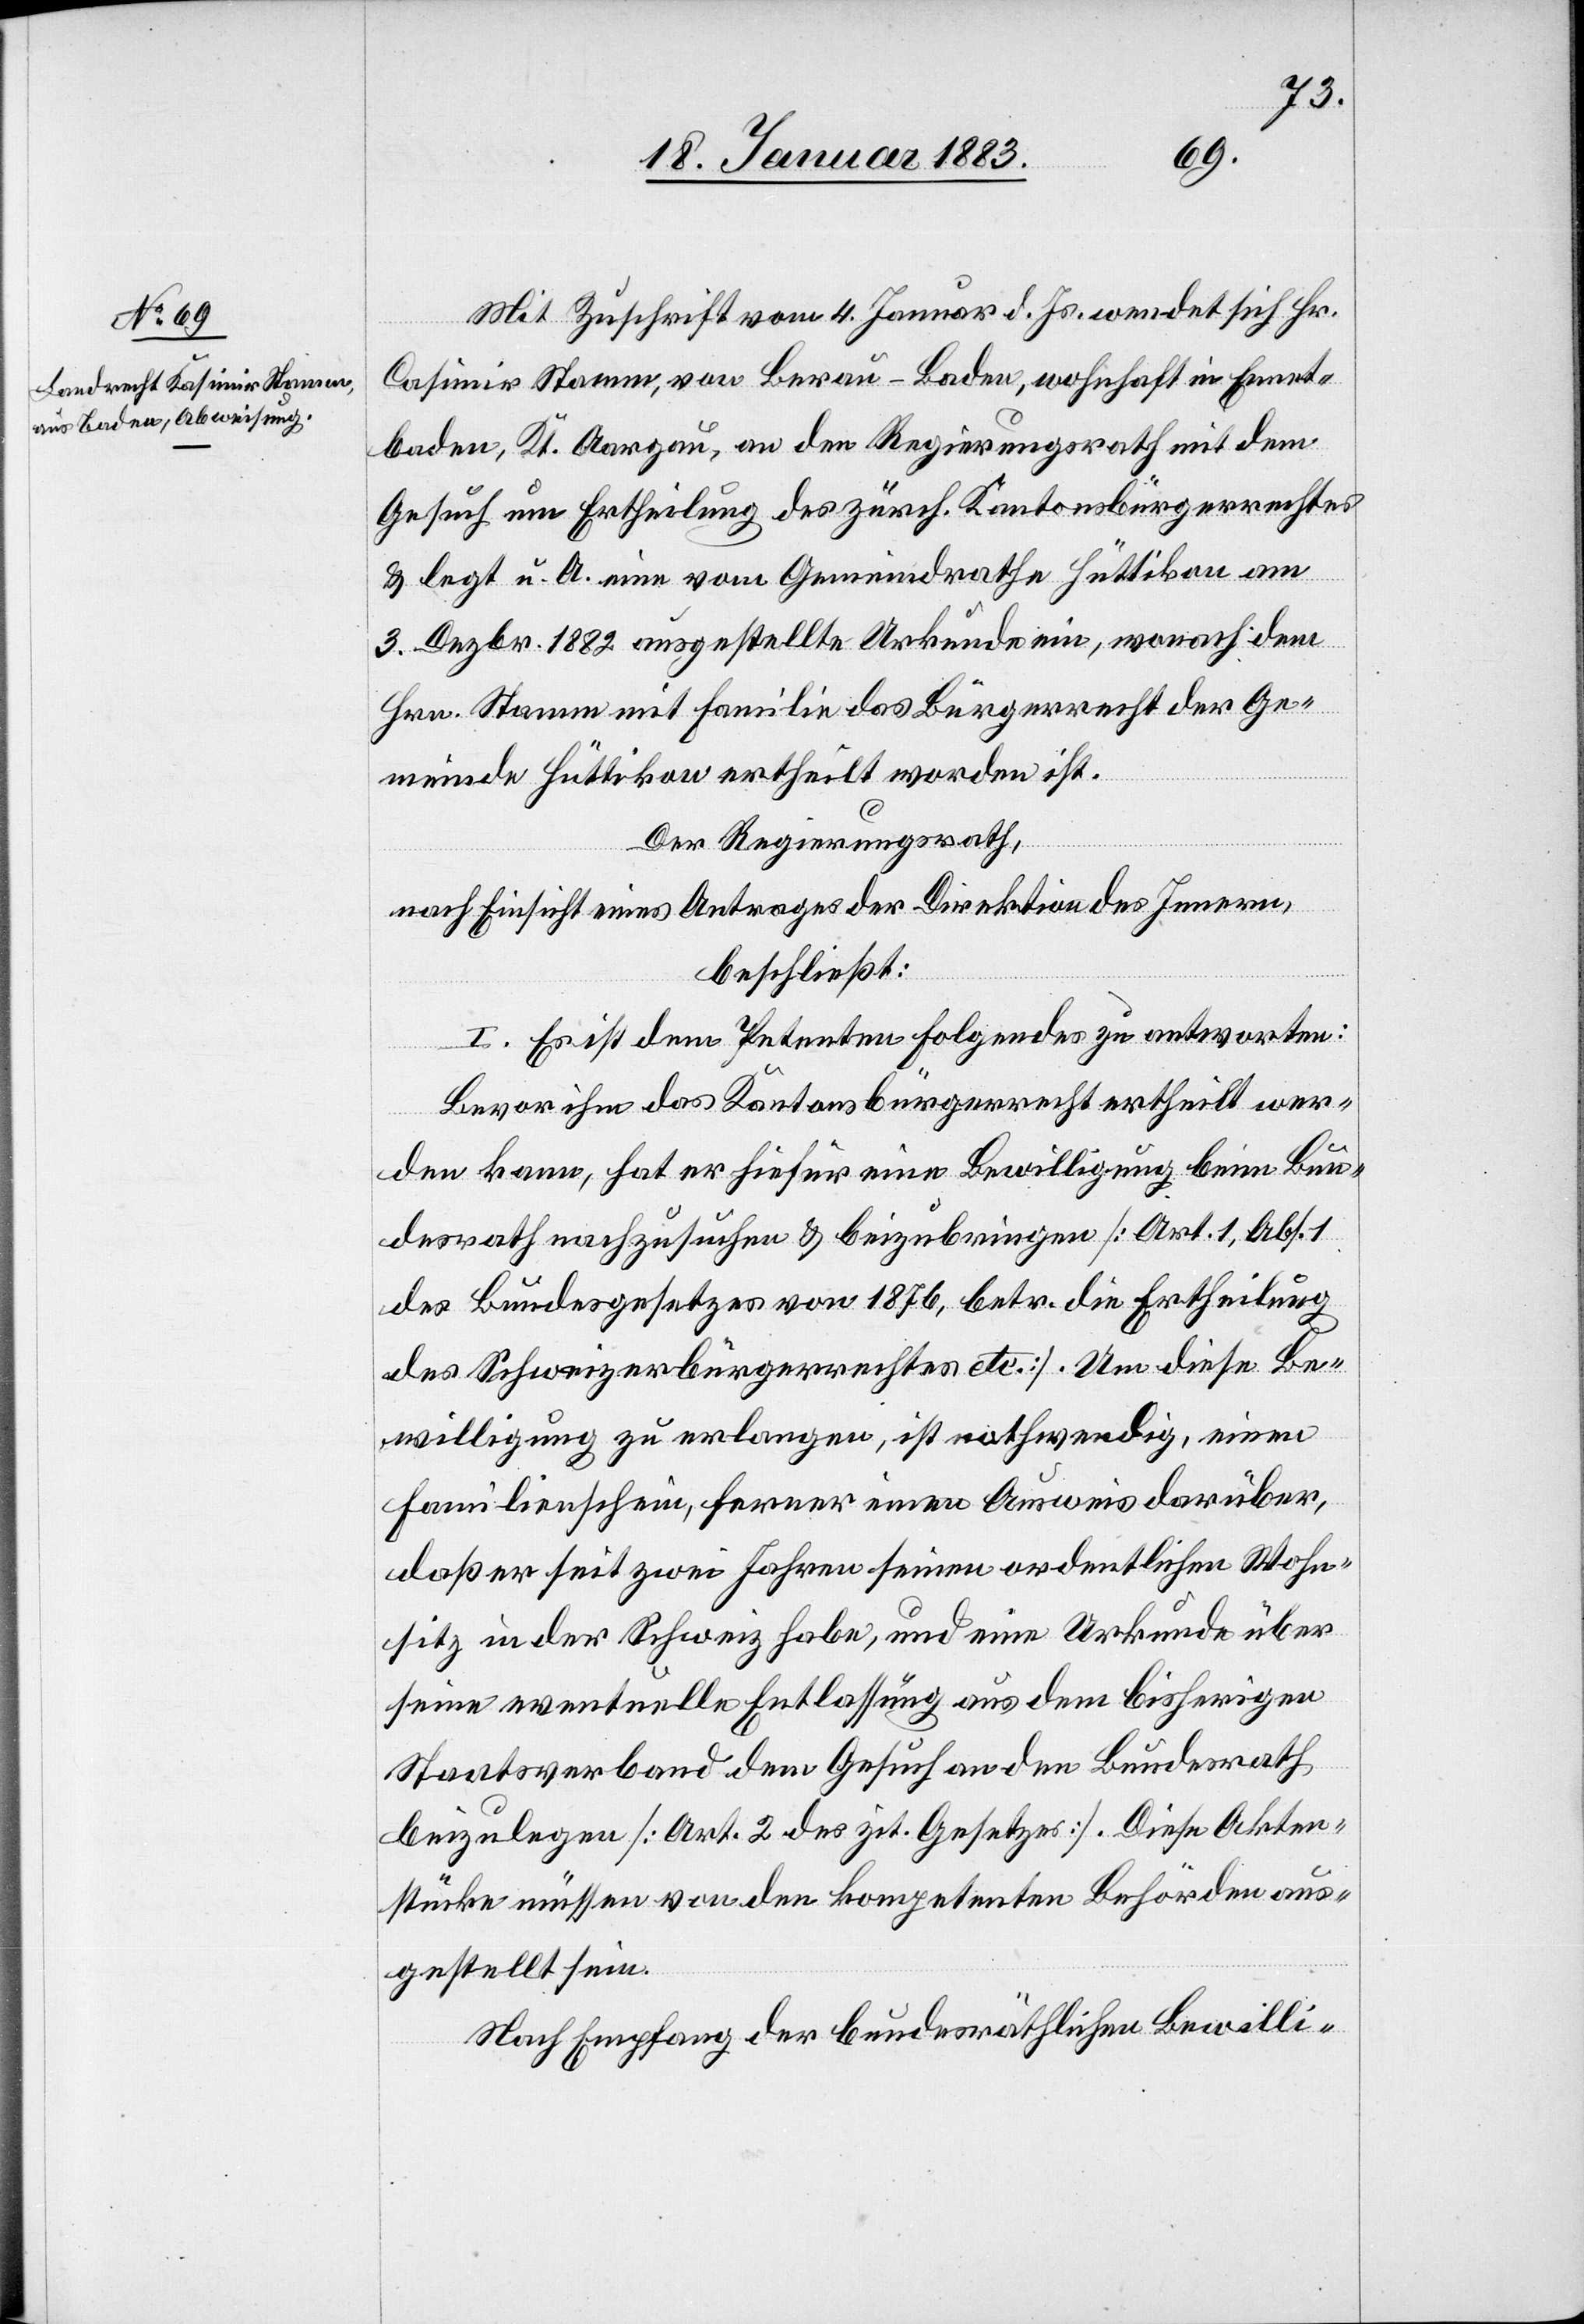
Mit Zuschrift vom 4. Januar d. Js. wendet sich Hr.
[sic!] Stamm, von Berau – Baden, wohnhaft in Ennet¬
baden, Kt. Aargau, an den Regierungsrath mit dem
Gesuch um Ertheilung des zürch. Kantonsbürgerrechtes
& legt u. A. eine vom Gemeindrathe Hüttikon am
3. Dezbr. 1882 ausgestellte Urkunde ein, wonach dem
Hrn. Stamm mit Familie das Bürgerrecht der Ge¬
meinde Hüttikon ertheilt worden ist.
Der Regierungsrath,
nach Einsicht eines Antrages der Direktion des Innern,
beschließt:
I. Es ist dem Petenten Folgendes zu antworten:
Bevor ihm das Kantonsbürgerrecht ertheilt wer¬
den kann, hat er hiefür eine Bewilligung beim Bun¬
desrath nachzusuchen & beizubringen [Art. 1, Abs. 1
des Bundesgesetzes von 1876, betr. die Ertheilung
des Schweizerbürgerrechtes etc.]. Um diese Be¬
willigung zu erlangen, ist nothwendig, einen
Familienschein, ferner einen Ausweis darüber,
daß er seit zwei Jahren seinen ordentlichen Wohn¬
sitz in der Schweiz habe, und eine Urkunde über
seine eventuelle Entlassung aus dem bisherigen
Staatsverband dem Gesuch an den Bundesrath
beizulegen [Art. 2 des zit. Gesetzes]. Die Akten¬
stücke müssen von den kompetenten Behörden aus¬
gestellt sein.
Nach Empfang der bundesräthlichen Bewilli-